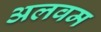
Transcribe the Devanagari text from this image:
अलवम